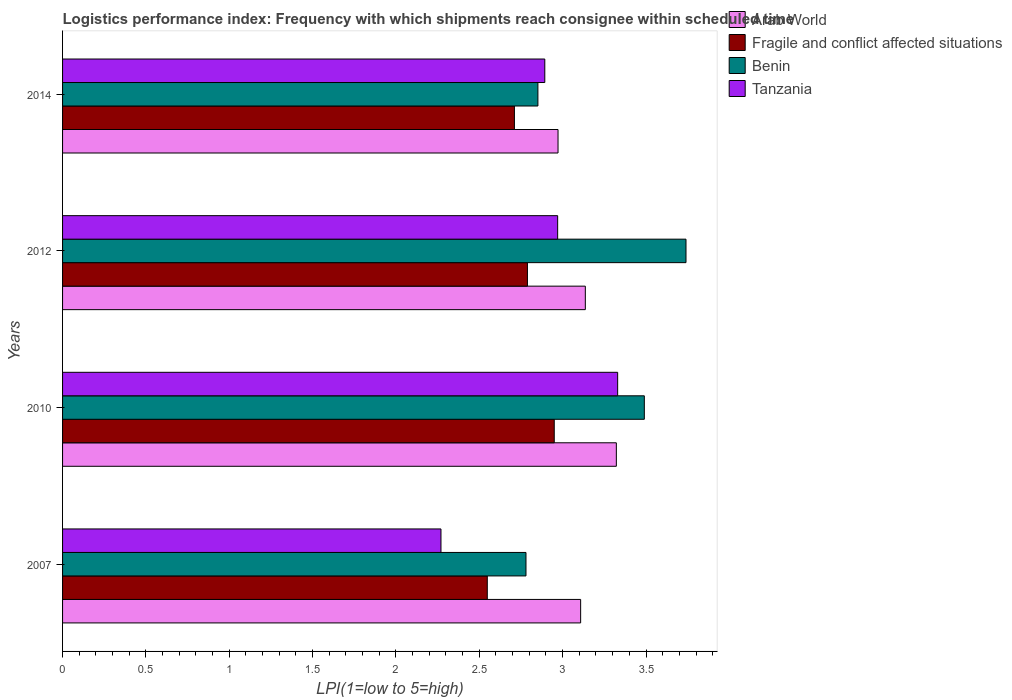
| Years | Arab World | Fragile and conflict affected situations | Benin | Tanzania |
 | --- | --- | --- | --- | --- |
 | 2007 | 3.11 | 2.55 | 2.78 | 2.27 |
 | 2010 | 3.32 | 2.95 | 3.49 | 3.33 |
 | 2012 | 3.14 | 2.79 | 3.74 | 2.97 |
 | 2014 | 2.97 | 2.71 | 2.85 | 2.89 |